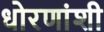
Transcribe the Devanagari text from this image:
धोरणांशी